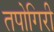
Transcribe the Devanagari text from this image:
तपोगिरी